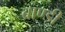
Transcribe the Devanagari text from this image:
ब्राण्डी